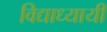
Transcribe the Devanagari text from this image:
विद्याध्यायी